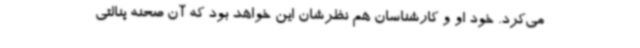
می‌کرد. خود او و کارشناسان هم نظرشان این خواهد بود که آن صحنه پنالتی